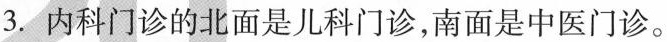
3. 内科门诊的北面是儿科门诊，南面是中医门诊。